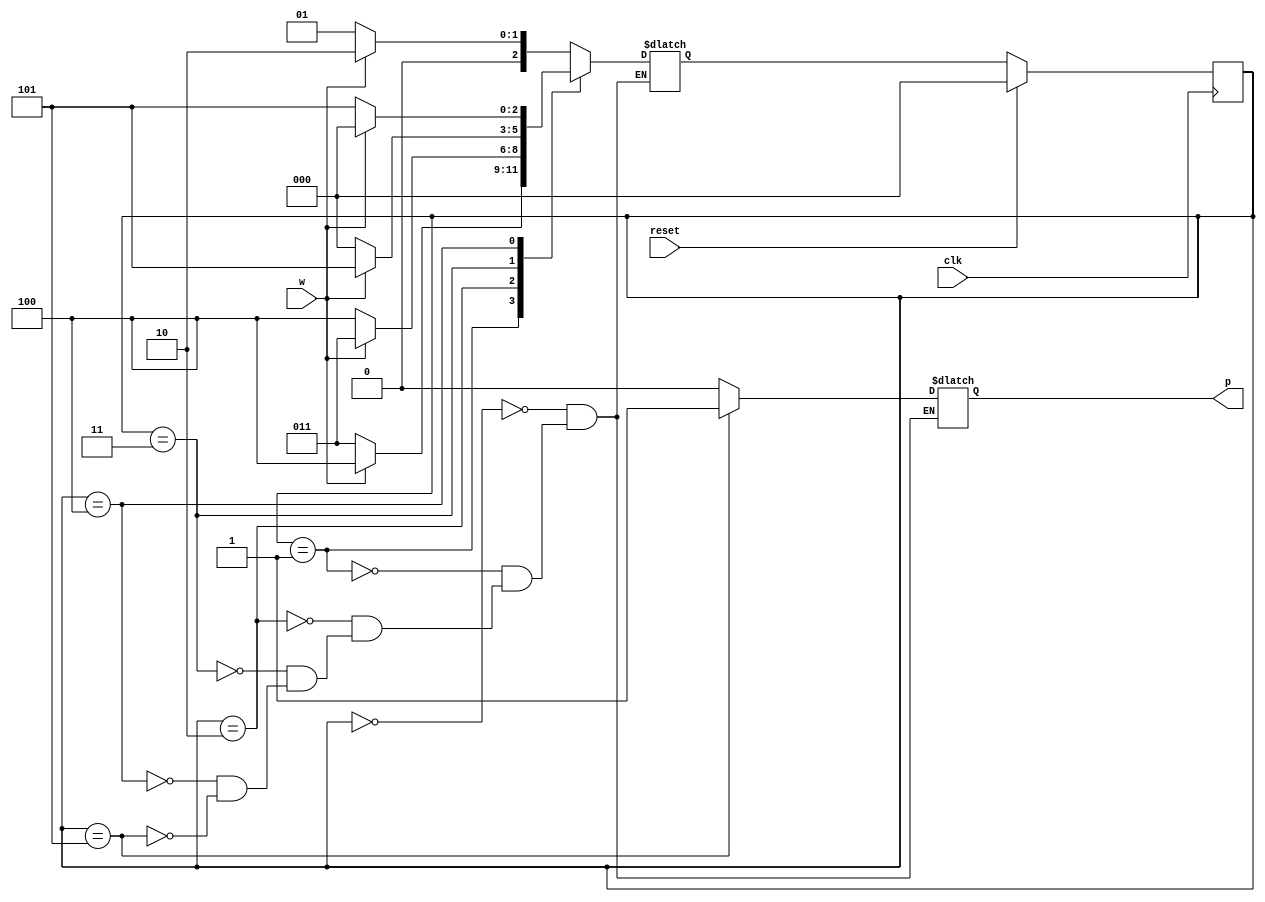
`timescale 1ns / 1ps

module paritygenerator(
input w,
input clk,
input reset,
output reg p
   );

reg [2:0] PS, NS;
parameter S0=3'b000, S1=3'b001,S2=3'b010, S3=3'b011,  S4=3'b100, S5=3'b101;         

initial    
begin
PS=3'b000;
NS=3'b000;
end

always@(w,PS)
begin
case(PS)
S0: begin
    p=1'b0;
    if(!w)  NS=S1;
    else    NS=S2;
    end

S1: begin
    p=1'b0;
    if(!w)  NS=S3;
    else    NS=S4;
    end    
    
S2: begin
    p=1'b0;
    if(!w)  NS=S4;
    else    NS=S3;
    end 


S3: begin
    p=1'b0;
    if(!w)  NS=S0;
    else    NS=S5;
    end 
   
S4: begin
    p=1'b0;
    if(!w)  NS=S5;
    else    NS=S0;
    end 


S5: begin
    p=1'b1;
    if(!w)  NS=S1;
    else    NS=S2;
    end
    
default: begin end 
endcase
end  
    
always@(posedge clk)
begin
    if(reset)
        PS<=S0;
    else
        PS<=NS;
end


endmodule